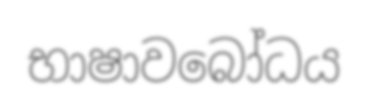
භාෂාවබෝධය